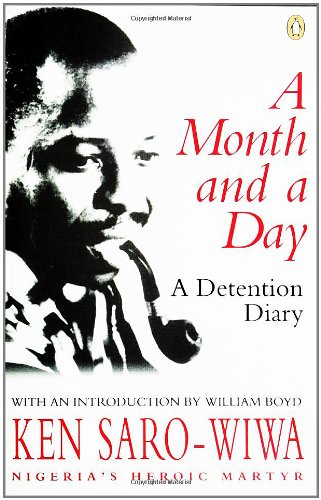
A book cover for A Month and a Day: A Detention Diary; Ken Saro-Wiwa; History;